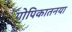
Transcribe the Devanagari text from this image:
गोपिकातनया